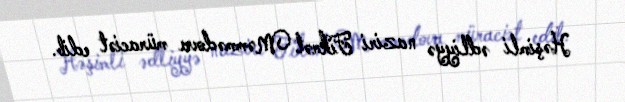
Həşimli ədliyyə naziri Fikrət Məmmədova müraciət edib.